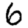
Digit: 6